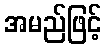
အမည်ဖြင့်